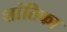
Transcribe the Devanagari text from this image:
शांतिका